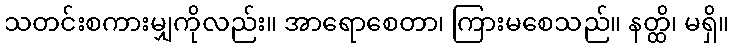
သတင်းစကားမျှကိုလည်း။ အာရောစေတာ၊ ကြားမစေသည်။ နတ္ထိ၊ မရှိ။